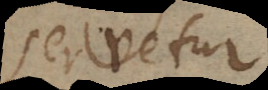
servetur